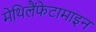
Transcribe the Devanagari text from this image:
मेथिलैंफेटामाइन